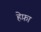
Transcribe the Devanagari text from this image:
हेफ़ा